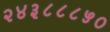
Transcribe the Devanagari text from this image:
२४३८८८५०